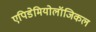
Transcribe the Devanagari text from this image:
एपिडेमियोलॉजिकल